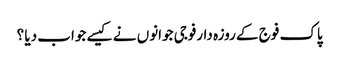
پاک فوج کے روزہ دارفوجی جوانوں نے کیسے جواب دیا ؟